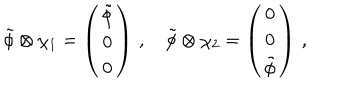
\tilde { \phi } \otimes \chi _ { 1 } = \left( \begin{array} { c } { { \tilde { \phi } } } \\ { { 0 } } \\ { { 0 } } \\ \end{array} \right) \, , \quad \tilde { \phi } \otimes \chi _ { 2 } = \left( \begin{array} { c } { { 0 } } \\ { { 0 } } \\ { { \tilde { \phi } } } \\ \end{array} \right) \, ,